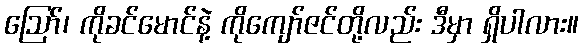
ဪ၊ ကိုခင်မောင်နဲ့ ကိုကျော်ဇင်တို့လည်း ဒီမှာ ရှိပါလား။